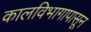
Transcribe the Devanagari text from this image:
कालविभागापासून